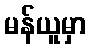
မန်ယူမှာ